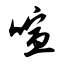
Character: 喧